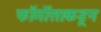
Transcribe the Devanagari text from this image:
फॉर्मोसाकडून